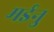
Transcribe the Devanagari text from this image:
मईनु